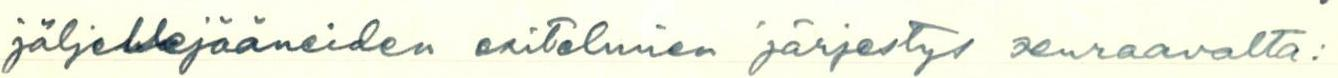
jäljellejääneiden esitelmien järjestys seuraavalta: